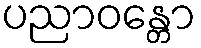
ပညာဝန္တော